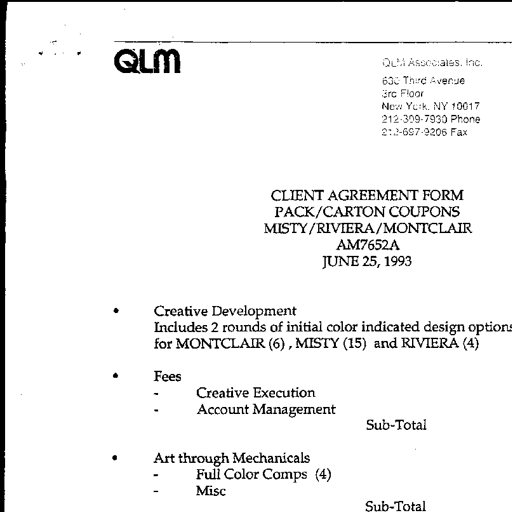
QLM
QLM Associates, Inc.
638 Third Avenue
3rd Floor
New York, NY 10017
212-309-7930 Phone
212-697-9206 Fax
CLIENT AGREEMENT FORM
PACK/CARTON COUPONS
MISTY/RIVIERA/MONTCLAIR
AM7652A
JUNE 25, 1993
Creative Development
Includes 2 rounds of initial color indicated design options
for MONTCLAIR (6), MISTY (15) and RIVIERA (4)
Fees
Creative Execution
Account Management
Sub-Total
Art through Mechanicals
Full Color Comps (4)
Misc
Sub-Total